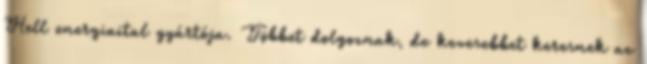
Hell energiaital gyártója. Többet dolgoznak, de kevesebbet keresnek az